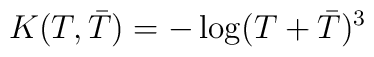
K(T, {\bar T})=  -\log( T+ {\bar T})^3